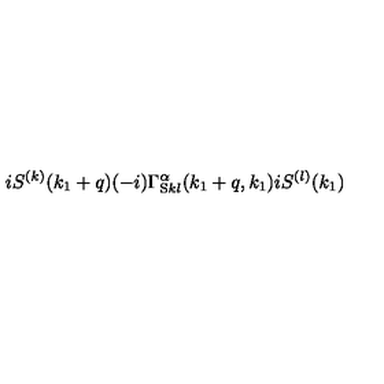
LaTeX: i S ^ { ( k ) } ( k _ { 1 } + q ) ( - i ) \Gamma _ { \mathrm { S } k l } ^ { \alpha } ( k _ { 1 } + q , k _ { 1 } ) i S ^ { ( l ) } ( k _ { 1 } )